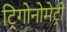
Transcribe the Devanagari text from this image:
ट्रिगोनोमेट्री